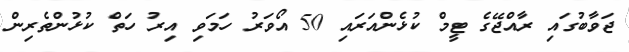
ޖަވާބުގައި ރާއްޖޭގެ ޓީމް ކުޅެންއަރައި 50 އޯވަރު ހަމަވި އިރު ހަތް ކުޅުންތެރިން